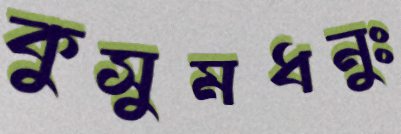
কুসুমধনুঃ